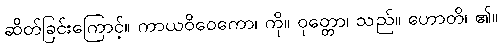
ဆိတ်ခြင်းကြောင့်။ ကာယဝိဝေကော၊ ကို။ ဝုတ္တော၊ သည်။ ဟောတိ၊ ၏။